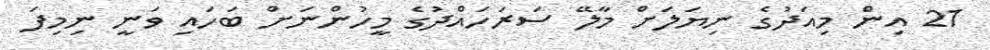
21 އިން މިއަދުގެ ނިޔަލަށް މާލޭ ސަރަހައްދުގެ މީހުންނަށް ބަހައި ވަނީ ނިމިފަ